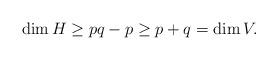
LaTeX: \begin{align*} \dim H \geq pq-p\ge p+q=\dim V. \end{align*}